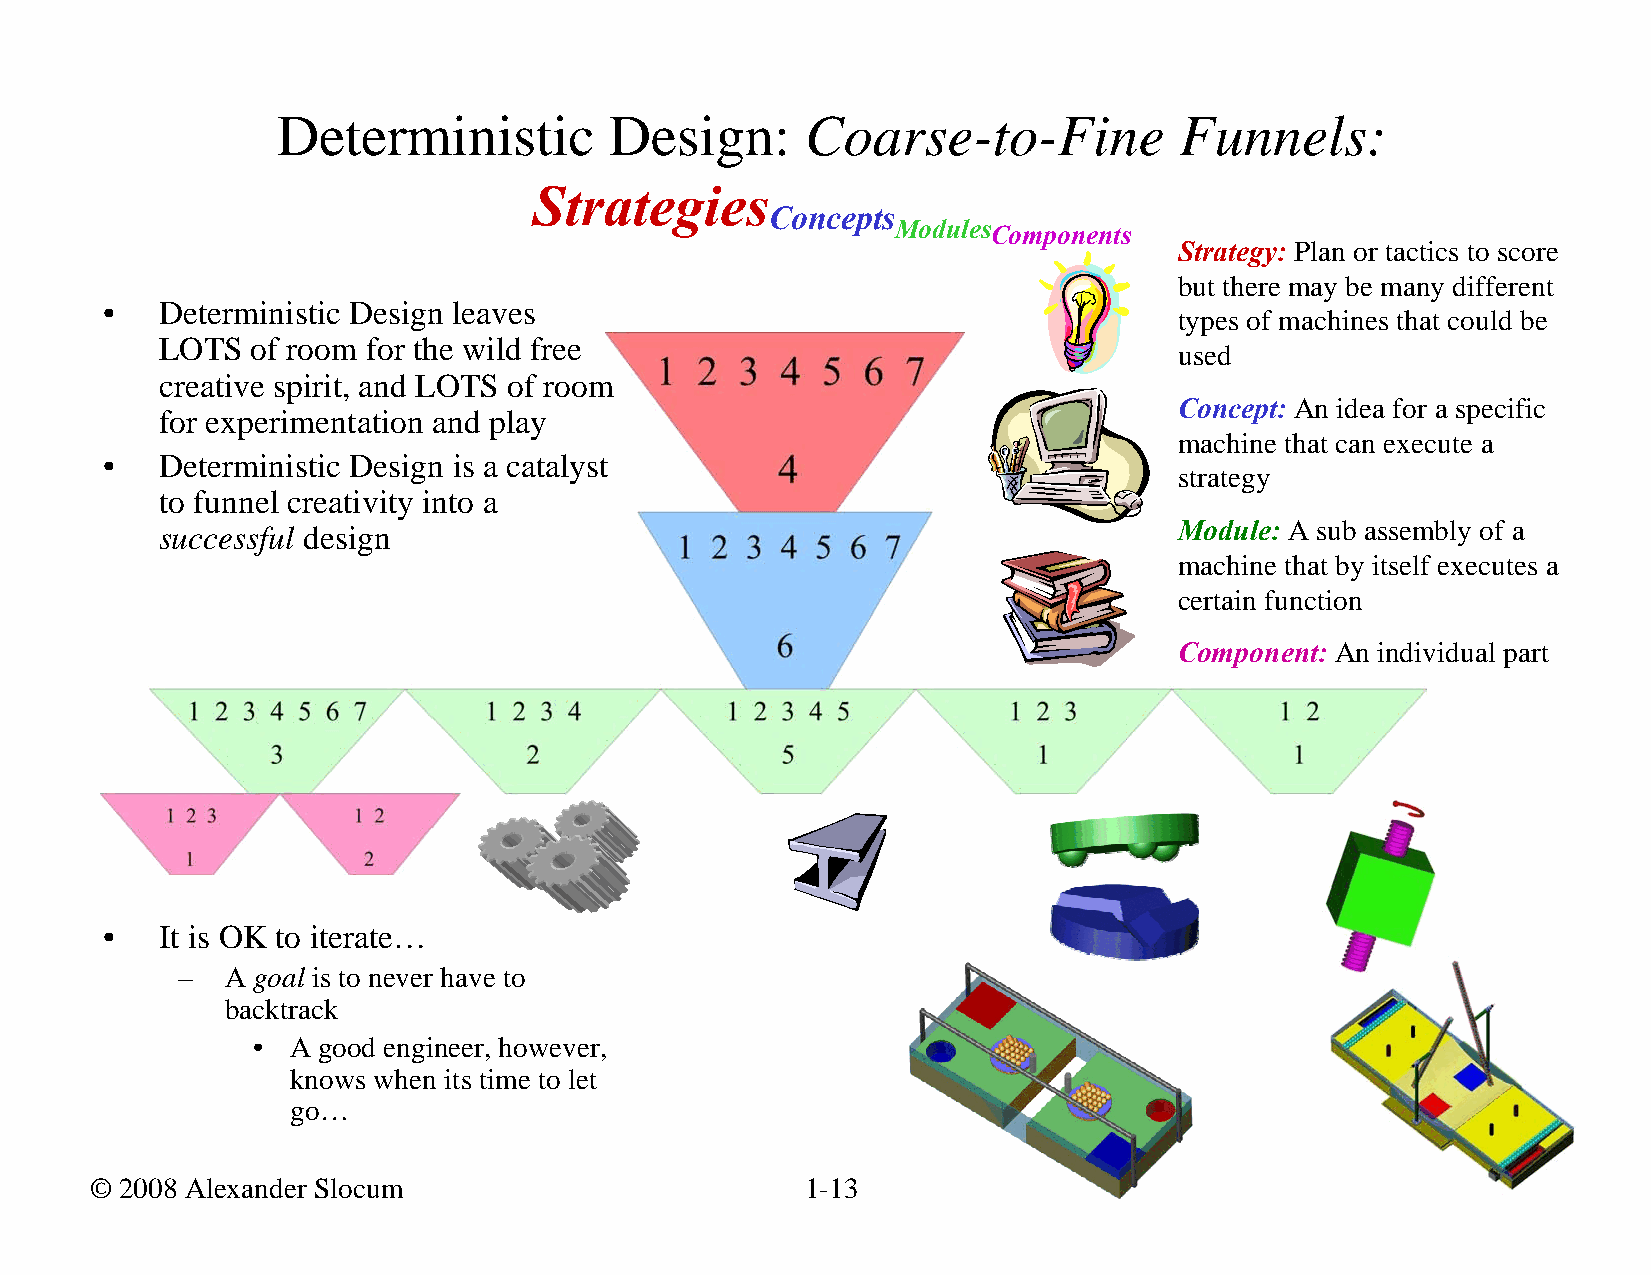
Deterministic         Design:      Coarse-to-Fine           Funnels:
 Strategies
 Concepts
 ModulesComponents
 Strategy: Plan or tactics to score
 but there may be many different
 •   Deterministic Design leaves
 types of machines that could be
 LOTS  of room for the wild free
 used
 creative spirit, and LOTS of room
 Concept: An idea for a specific
 for experimentation and play
 machine that can execute a
 •   Deterministic Design is a catalyst
 strategy
 to funnel creativity into a
 Module: A sub assembly of a
 successful design
 machine that by itself executes a
 certain function
 Component: An individual part
 •   It is OK to iterate…
 –  A goal is to never have to
 backtrack
 • A good engineer, however,
 knows when its time to let
 go…
 © 2008 Alexander Slocum                        1-13                                       1/1/2008